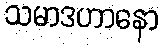
သမာဒဟာနော